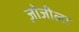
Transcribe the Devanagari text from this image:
ज़ोजीला